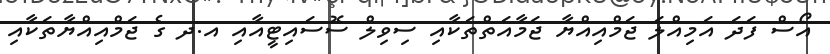
އޯސް ފަދަ އަމިއްލަ ޖަމްއިއްޔާ ޖަމާއަތްތަކާއި ސިވިލް ސޮސައިޓީއާއި އ.ދ ގެ ޖަމްއިއްޔާތަކާއި